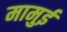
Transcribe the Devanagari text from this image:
मामुई